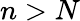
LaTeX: n>N